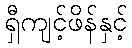
ရှီကျင့်ဖိန်နှင့်